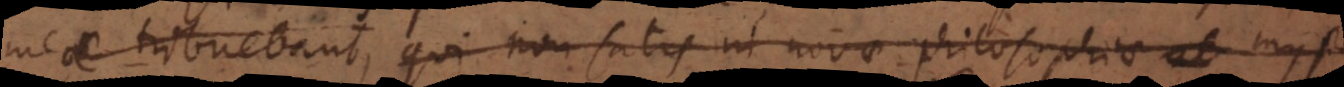
meae tribuebant, qui non satis in novae philosophiae ab